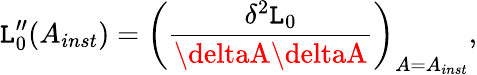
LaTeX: {\cal\mathtt{L}}_{0}^{\prime\prime}(A_{inst})=\left(\frac{{\delta^{2}{\cal\mathtt{L}}_{0}}}{{\deltaA\deltaA}}\right)_{A=A_{inst}},